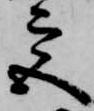
宮